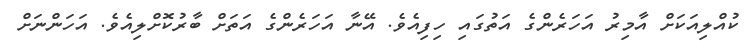
ކުއްލިއަކަށް އާމިރު އަހަރެންގެ އަތުގައި ހިފިއެވެ. އޭނާ އަހަރެންގެ އަތަށް ބާރުކޮށްލިއެވެ. އަހަންނަށް